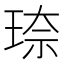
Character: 𪻦